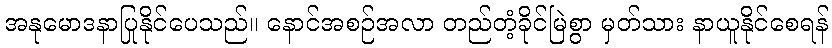
အနုမောဒနာပြုနိုင်ပေသည်။ နောင်အစဉ်အလာ တည်တံ့ခိုင်မြဲစွာ မှတ်သား နာယူနိုင်စေရန်